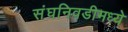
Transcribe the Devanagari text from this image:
संघनिवडीमध्ये